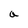
Character: a